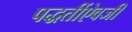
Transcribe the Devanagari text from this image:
पद्धतींऐवजी